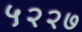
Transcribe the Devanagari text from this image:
५२२७